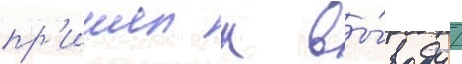
пр'ишел к вы́воду /